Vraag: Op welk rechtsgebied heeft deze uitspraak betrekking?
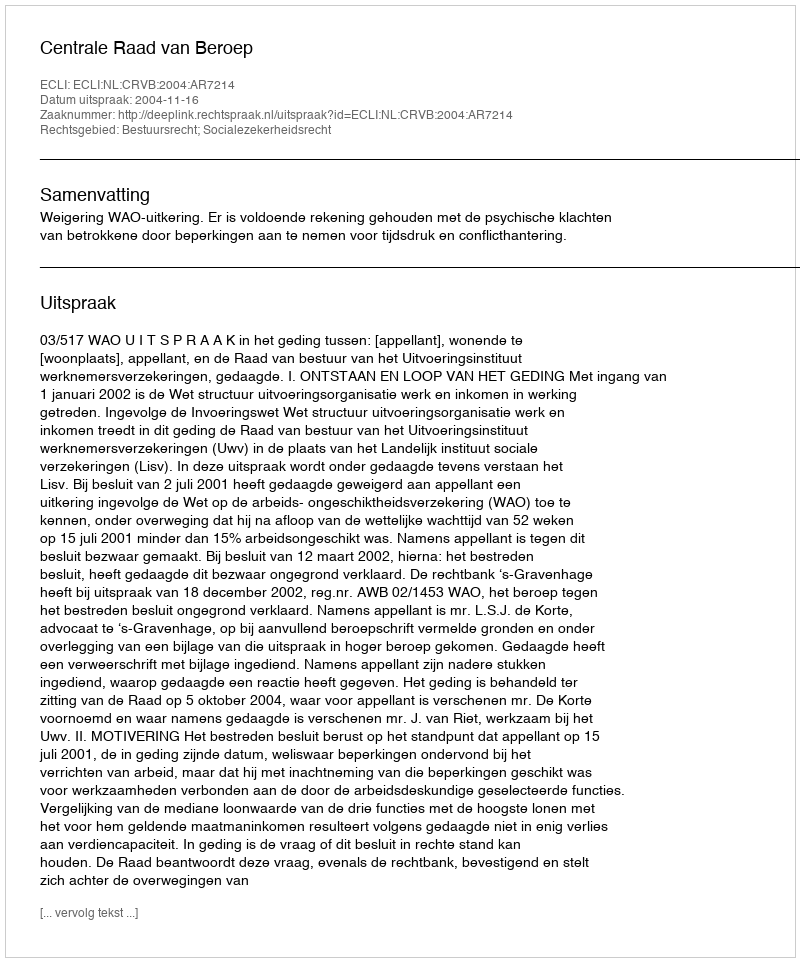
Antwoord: Bestuursrecht; Socialezekerheidsrecht